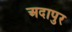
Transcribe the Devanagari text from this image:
अदापुर